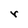
Character: r